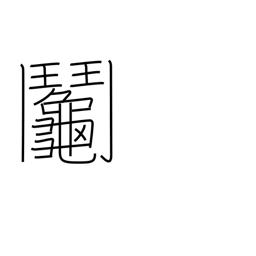
Meaning: raffle